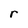
Character: r